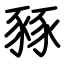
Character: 豩